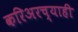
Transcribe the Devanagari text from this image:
करिअरच्याही